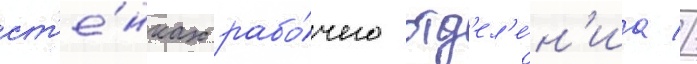
ст'е́нках рабо́чего отд'ел'е́н'иа //